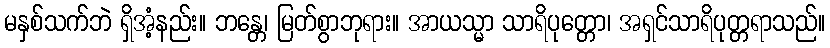
မနှစ်သက်ဘဲ ရှိအံ့နည်း။ ဘန္တေ၊ မြတ်စွာဘုရား။ အာယသ္မာ သာရိပုတ္တော၊ အရှင်သာရိပုတ္တရာသည်။